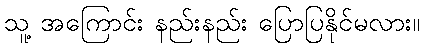
သူ့ အကြောင်း နည်းနည်း ပြောပြနိုင်မလား။